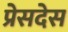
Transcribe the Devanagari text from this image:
प्रेसदेस